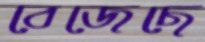
বেজেছে